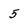
Character: 5